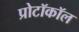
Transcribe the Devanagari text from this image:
प्रोटॉकॉल